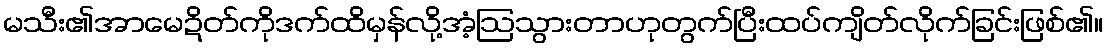
မသီး၏အာမေဍိတ်ကိုဒက်ထိမှန်လို့အံ့ဩသွားတာဟုတွက်ပြီးထပ်ကျိတ်လိုက်ခြင်းဖြစ်၏။